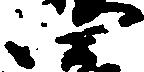
四